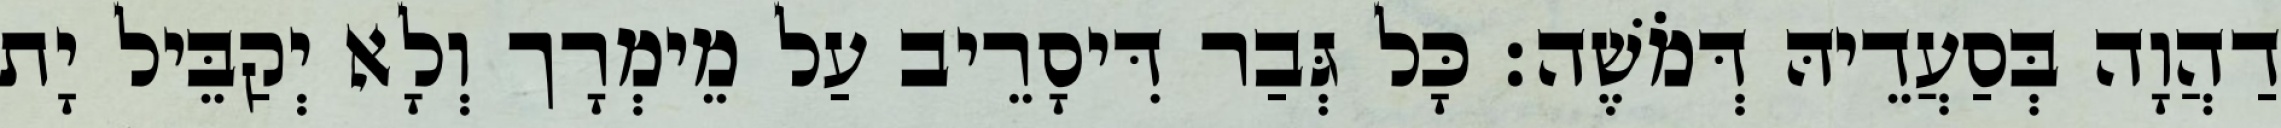
דַהֲוָה בְּסַעֲדֵיהּ דְּמֹשֶׁה׃ כָּל גְּבַר דִּיסָרֵיב עַל מֵימְרָך וְלָא יְקַבֵּיל יָת